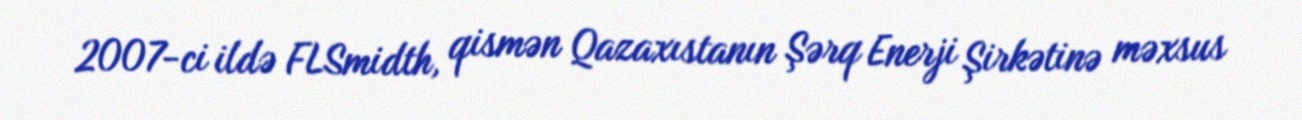
2007-ci ildə FLSmidth, qismən Qazaxıstanın Şərq Enerji Şirkətinə məxsus